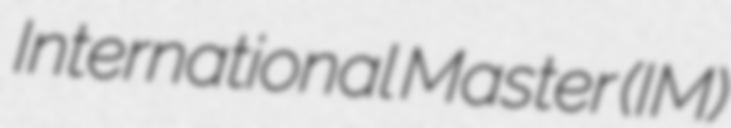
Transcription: International Master (IM)